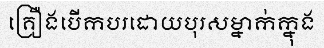
គ្រឿងបើកបរដោយបុរសម្នាក់ក្នុង